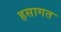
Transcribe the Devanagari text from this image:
हसागत